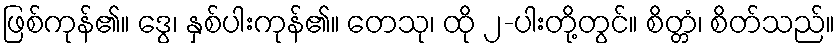
ဖြစ်ကုန်၏။ ဒွေ၊ နှစ်ပါးကုန်၏။ တေသု၊ ထို ၂-ပါးတို့တွင်။ စိတ္တံ၊ စိတ်သည်။